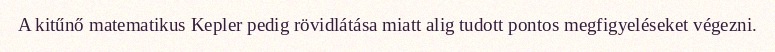
A kitűnő matematikus Kepler pedig rövidlátása miatt alig tudott pontos megfigyeléseket végezni.